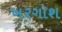
ખરગોશ